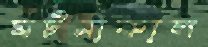
ঘটনাকাল